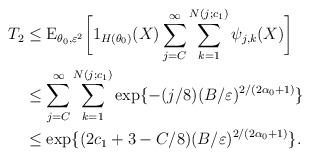
LaTeX: \begin{align*}T_{2}&\leq \mathrm{E}_{\theta_{0},\varepsilon^{2}}\bigg{[}1_{H(\theta_{0})}(X)\sum_{j=C}^{\infty}\sum_{k=1}^{N(j;c_{1})}\psi_{j,k}(X)\bigg{]}\\&\leq \sum_{j=C}^{\infty}\sum_{k=1}^{N(j;c_{1})}\exp\{-(j/8)(B/\varepsilon)^{2/(2\alpha_{0}+1)} \}\\&\leq \exp\{(2c_{1} + 3 - C/8)(B/\varepsilon)^{2/(2\alpha_{0}+1)}\}.\end{align*}